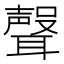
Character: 𮋻